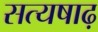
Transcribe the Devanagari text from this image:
सत्यषाढ़